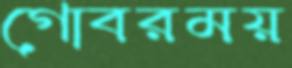
গোবরময়